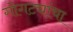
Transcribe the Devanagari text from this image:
गोगट्यांचा